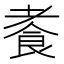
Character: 𫗍